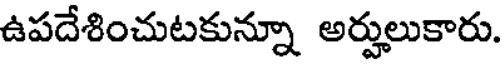
ఉపదేశించుటకున్నూ అర్హులుకారు.